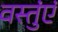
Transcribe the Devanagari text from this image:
वस्तुंएं